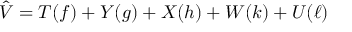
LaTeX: \hat { V } = T ( f ) + Y ( g ) + X ( h ) + W ( k ) + U ( \ell )